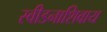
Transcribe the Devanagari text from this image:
स्वीडनाशिवाय